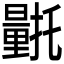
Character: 𮡛